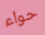
حواء